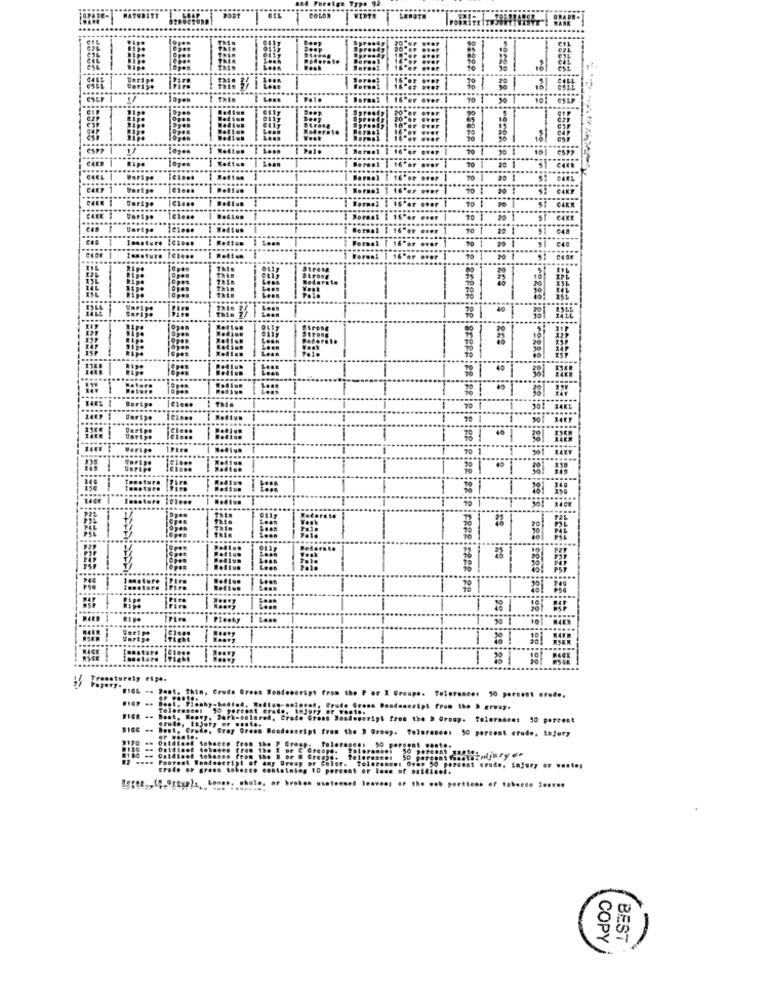
Typ. 92
Rip.
70
20
CARL
CART
Farine
70
.....
.....
Unripe
To 1
& isisisisigne
40
CORRE
TAEL
70 1
70
70 1
10
LACE
1 3
10 1
iss
2º
35 Prematurely ripe.
Peet. Thin, Crude Green Wond
eript
or I Groupe. Tolerance: 50 percent ered ..
......
50 perces
. Dentesoript from the > group.
fint from the » Group. Tolerasens 50 percent
$166 .- Best, Crude, Gray Green Besdensript
on the 3 Groep. Toloranee: 50 percent crudo, injury
8
COPY
BEST